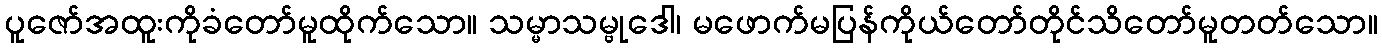
ပူဇော်အထူးကိုခံတော်မူထိုက်သော။ သမ္မာသမ္ဗုဒေါ၊ မဖောက်မပြန်ကိုယ်တော်တိုင်သိတော်မူတတ်သော။